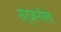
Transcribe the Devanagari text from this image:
तर्जनीला